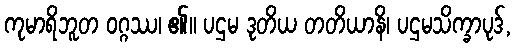
ကုမာရိဘူတ ဝဂ္ဂဿ၊ ၏။ ပဌမ ဒုတိယ တတိယာနိ၊ ပဌမသိက္ခာပုဒ်,